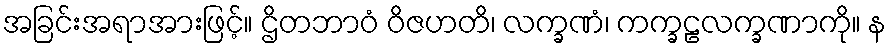
အခြင်းအရာအားဖြင့်။ ဌိတဘာဝံ ဝိဇဟတိ၊ လက္ခဏံ၊ ကက္ခဠလက္ခဏာကို။ န